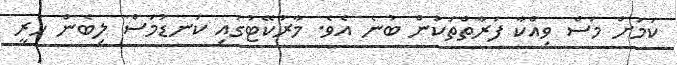
ކަމަށް މަސް ވިއްކާ ފަރާތްތަކުން ބުނެ އެވެ. މާރުކޭޓުގައި ކަނޑުމަސް ލިބެން ހުރީ